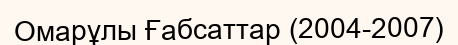
Омарұлы Ғабсаттар (2004-2007)